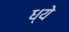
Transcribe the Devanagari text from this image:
ध्ये